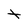
Character: t